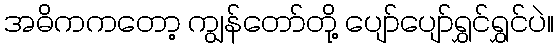
အဓိကကတော့ ကျွန်တော်တို့ ပျော်ပျော်ရွှင်ရွှင်ပဲ။